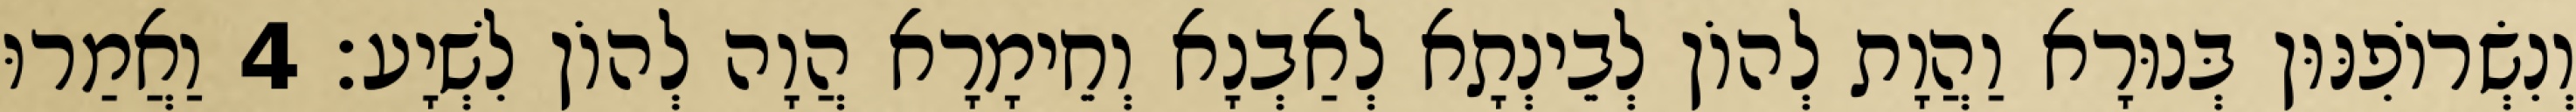
וְנִשְׂרוֹפִנּוּן בְּנוּרָא וַהֲוָת לְהוֹן לְבֵינְתָא לְאַבְנָא וְחֵימָרָא הֲוָה לְהוֹן לִשְׁיָע׃ 4 וַאֲמַרוּ